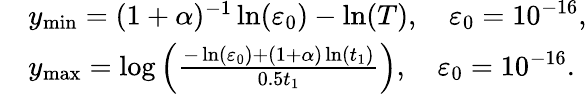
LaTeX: \begin{array}{rl}&{y_{\operatorname*{min}}=(1+\alpha)^{-1}\ln(\varepsilon_{0})-\ln(T),\quad\varepsilon_{0}=10^{-16},}\\ &{y_{\operatorname*{max}}=\log\left(\frac{-\ln(\varepsilon_{0})+(1+\alpha)\ln(t_{1})}{0.5t_{1}}\right),\quad\varepsilon_{0}=10^{-16}.}\end{array}